Regulations for the medical services of the Army of India
Year: 1930
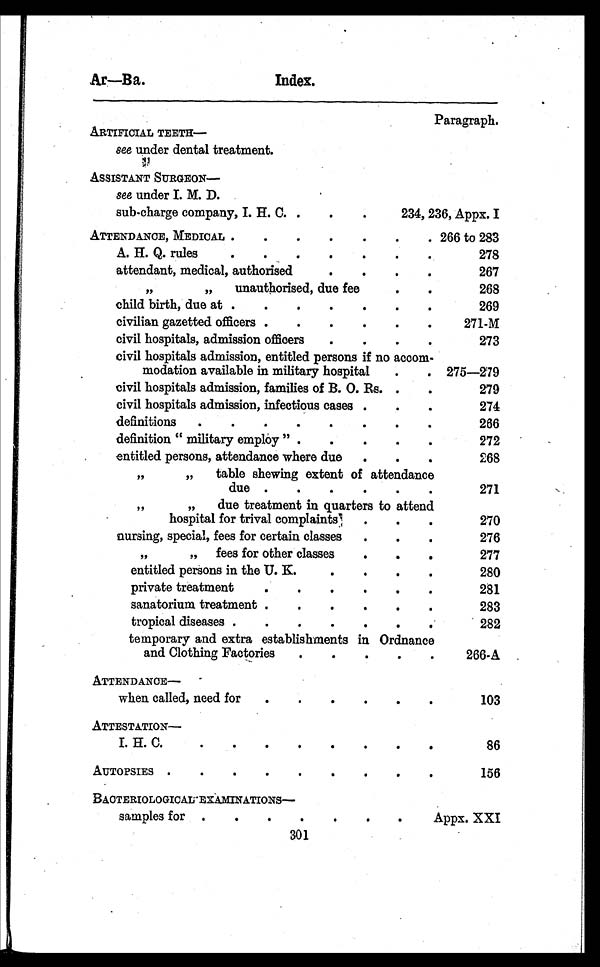
Ar—Ba.
Index.
Paragraph.
ARTIFICIAL TEETH
see under dental treatment.
ASSISTANT SURGEON--
see under I. M. 11
sub-charge company, I. H. C. .
.
.
234, 236, Appx. I
ATTENDANCE, MEDICAL .
.
.
.
.
.
. 266 to 283
A. H. Q. rules
.
.
.
.
.
.
.
278
attendant, medical, authorised
.
.
.
.
267
,,
„
unauthorised, due fee
.
.
268
child birth, due at .
.
.
.
.
.
.
269
civilian gazetted officers .
.
.
.
.
.
271-M
civil hospitals, admission officers
.
.
.
.
273
civil hospitals admission, entitled persons if no accom-
modation available in military hospital
.
. 275-279
civil hospitals admission, families of B. 0. Rs. .
.
279
civil hospitals admission, infectious cases .
.
•
274
definitions
.
.
.
.
.
.
.
.
286
definition " military employ " .
.
.
.
.
272
entitled persons, attendance where due
.
.
•
268
,,
„
table shewing extent of attendance
due .
.
271
, ,
„
due treatment in quarters to attend
hospital for trival complaints)
.
.
270
nursing, special, fees for certain classes
.
.
.
276
,,
„
fees for other classes
.
. .
277
entitled persons in the U. S.
.
.
.
.
280
private treatment
.
.
.
.
.
.
281
sanatorium treatment .
.
.
. ..
283
tropical diseases .
.
.
.
.
.
282
temporary and extra establishments in Ordnance
and Clothing Factories
.
.
266-A
ATTENDANCE—
when called, need for
.
.
.
.
.
.
103
ATTESTATION
I. H. C.
.
.
.
.
.
.
.
.
86
AUTOPSIES .
.
.
.
.
.
.
.
.
156
BACTERIOLOGICAL EXAMINATIONS-
samples for .
.
.
.
.
.
.
Appx. XXI
301